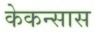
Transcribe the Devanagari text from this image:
केकन्सास